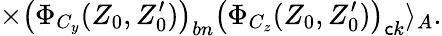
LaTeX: \times\left(\Phi_{C_{y}}(Z_{0},Z_{0}^{\prime})\right)_{bn}\left(\Phi_{C_{z}}(Z_{0},Z_{0}^{\prime})\right)_{\mathsf{c}k}\rangle_{A}.